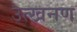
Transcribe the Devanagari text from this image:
उत्खनण